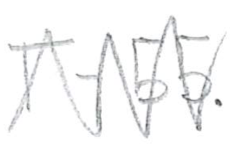
Text: T-55.
Cross-out: zig-zag
Writing tool: pencil